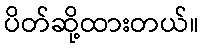
ပိတ်ဆို့ထားတယ်။